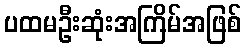
ပထမဦးဆုံးအကြိမ်အဖြစ်